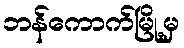
ဘန်ကောက်မြို့မှ